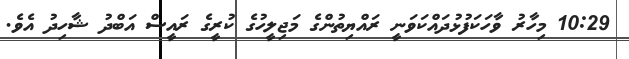
10:29 މިހާރު ވާހަކަފުޅުދައްކަވަނީ ރައްޔިތުންގެ މަޖިލީހުގެ ކުރީގެ ރައީސް އަބްދު ޝާހިދު އެވެ.